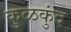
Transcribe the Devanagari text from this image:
कुळकुंद